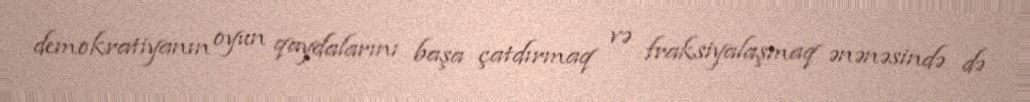
demokratiyanın oyun qaydalarını başa çatdırmaq və fraksiyalaşmaq ənənəsində də